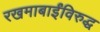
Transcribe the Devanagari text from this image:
रखमाबाईंविरुद्ध